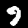
Label: 9